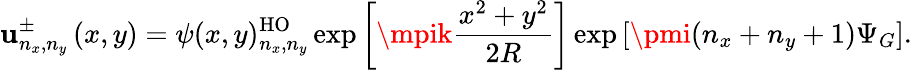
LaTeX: \mathbf{u}_{n_{x},n_{y}}^{\pm}\left(x,y\right)=\psi(x,y)_{n_{x},n_{y}}^{\mathrm{{HO}}}\exp\left[\mpik\frac{{x^{2}+y^{2}}}{{2R}}\right]\exp\left[\pmi(n_{x}+n_{y}+1)\Psi_{G}\right].